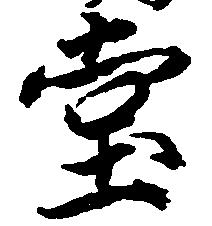
堂